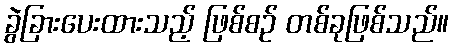
ခွဲခြားပေးထားသည့် ဖြစ်စဉ် တစ်ခုဖြစ်သည်။